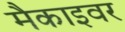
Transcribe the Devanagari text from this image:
मैकाइवर